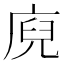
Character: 𭙢